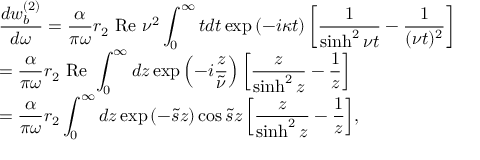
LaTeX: \begin{array} { l l } { { \displaystyle { \frac { d w _ { b } ^ { ( 2 ) } } { d \omega } = \frac { \alpha } { \pi \omega } r _ { 2 } ~ \mathrm { R e } ~ \nu ^ { 2 } \int _ { 0 } ^ { \infty } t d t \exp \left( - i \kappa t \right) \left[ \frac { 1 } { \sinh ^ { 2 } \nu t } - \frac { 1 } { ( \nu t ) ^ { 2 } } \right] } } } \\ { { \displaystyle { = \frac { \alpha } { \pi \omega } r _ { 2 } ~ \mathrm { R e } ~ \int _ { 0 } ^ { \infty } d z \exp \left( - i \frac { z } { \tilde { \nu } } \right) \left[ \frac { z } { \sinh ^ { 2 } z } - \frac { 1 } { z } \right] } } } \\ { { \displaystyle { = \frac { \alpha } { \pi \omega } r _ { 2 } \int _ { 0 } ^ { \infty } d z \exp \left( - \tilde { s } z \right) \cos \tilde { s } z \left[ \frac { z } { \sinh ^ { 2 } z } - \frac { 1 } { z } \right] } , } } \end{array}